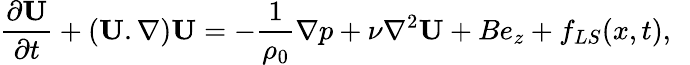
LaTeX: \frac{\partial{\mathbf U}}{\partial t}+({\mathbf U}.\nabla){\mathbf U}=-\frac{1}{\rho_{0}}\nabla p+\nu\nabla^{2}{\mathbf U}+Be_{z}+f_{LS}(x,t),~~